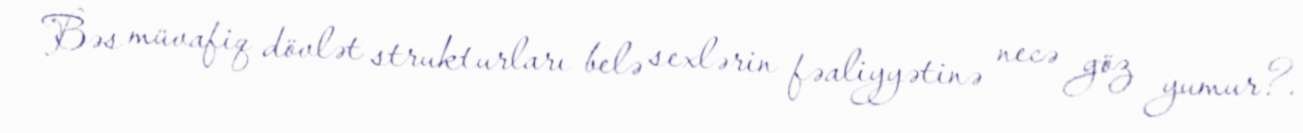
Bəs müvafiq dövlət strukturları belə sexlərin fəaliyyətinə necə göz yumur?.